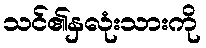
သင်၏နှလုံးသားကို